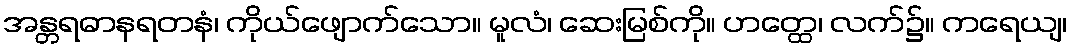
အန္တရဓာနရတနံ၊ ကိုယ်ဖျောက်သော။ မူလံ၊ ဆေးမြစ်ကို။ ဟတ္ထေ၊ လက်၌။ ကရေယျ၊